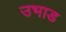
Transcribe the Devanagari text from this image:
उभाड